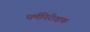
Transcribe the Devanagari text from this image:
धर्मनिरीक्षक